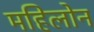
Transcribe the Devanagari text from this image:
महिलोन